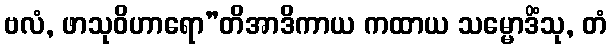
ဗလံ, ဖာသုဝိဟာရော”တိအာဒိကာယ ကထာယ သမ္မောဒိံသု, တံ